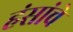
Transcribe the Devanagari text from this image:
हंसांचे